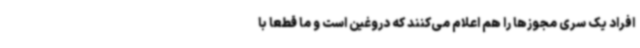
افراد یک سری مجوزها را هم اعلام می‌کنند که دروغین است و ما قطعا با